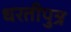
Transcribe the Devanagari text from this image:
धरतीपुत्र